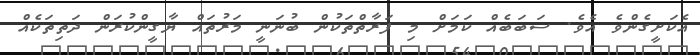
އެކަށީގެންވެ އެވެ. ސަބަބެއް ކަމަށް މި ފަރާތްތަކުން ބުނަނީ މަރުތައް ޔާގީންކުރަން ދަތިތަކެއް